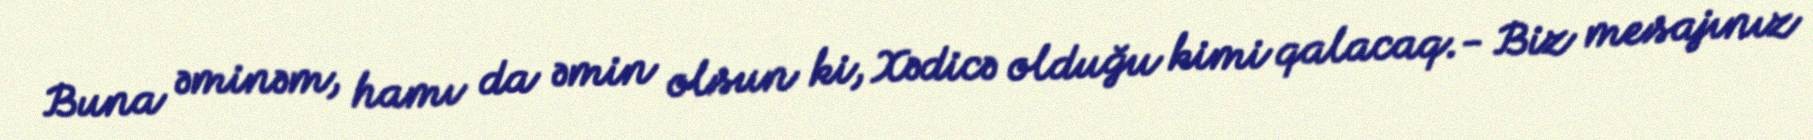
Buna əminəm, hamı da əmin olsun ki, Xədicə olduğu kimi qalacaq.- Biz mesajınız